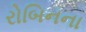
રોબિનના